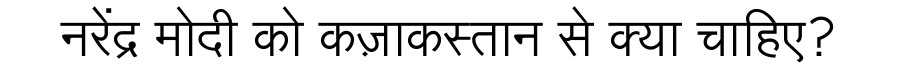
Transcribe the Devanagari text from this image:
नरेंद्र मोदी को कज़ाकस्तान से क्या चाहिए?